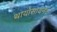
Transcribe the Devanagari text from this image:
थायोसायनेट